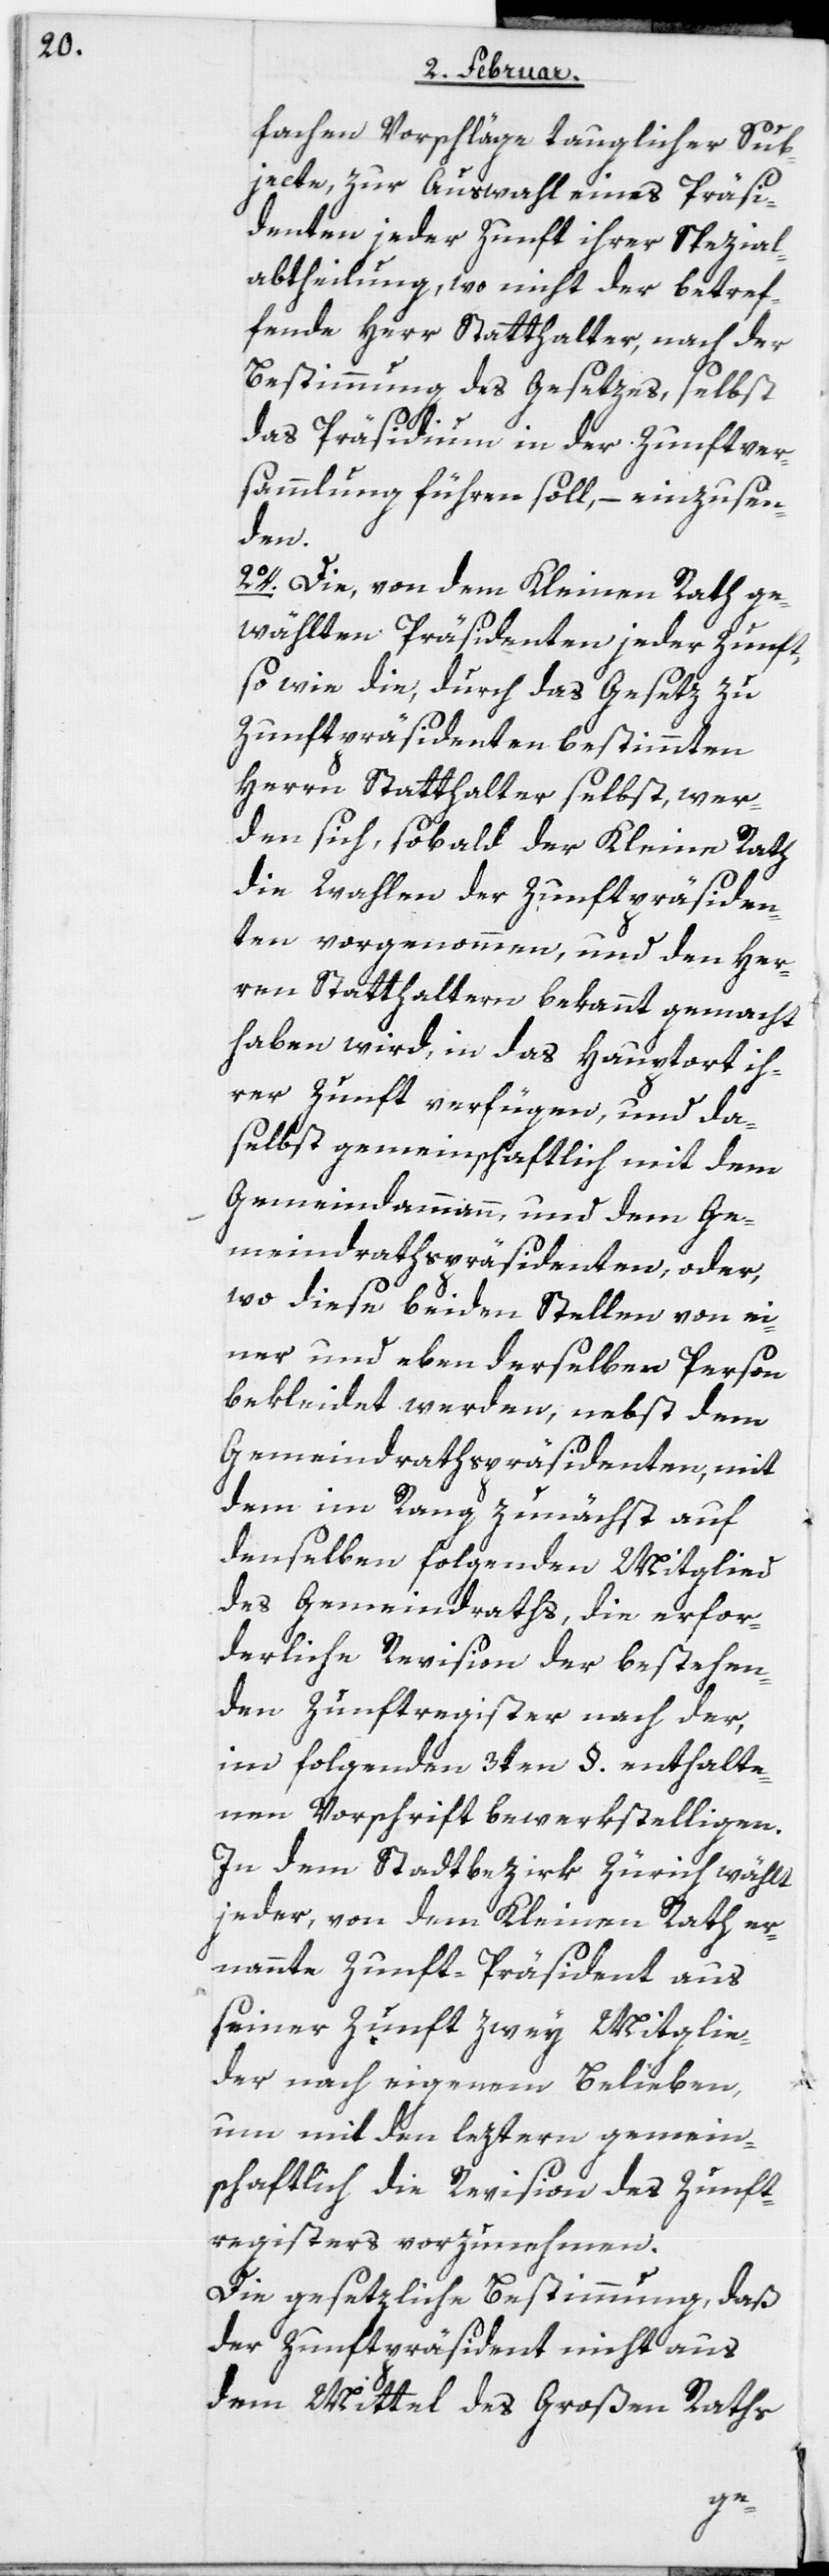
fachen Vorschläge tauglicher Sub¬
jecte, zur Auswahl eines Präsi¬
denten jeder Zunft ihrer Spezial¬
abtheilung, wo nicht der betref¬
fende Herr Statthalter, nach der
Bestimmung des Gesetzes, selbst
das Präsidium in der Zunftver¬
sammlung führen soll, – einzusen¬
den.
2o. Die, von dem Kleinen Rath ge¬
wählten Präsidenten jeder Zunft,
so wie die, durch das Gesetz zu
Zunftpräsidenten bestimmten
Herrn Statthalter selbst, wer¬
den sich, sobald der Kleine Rath
die Wahlen der Zunftpräsiden¬
ten vorgenommen, und den Her¬
ren Statthaltern bekannt gemacht
haben wird, in das Hauptort ih¬
rer Zunft verfügen, und da¬
selbst gemeinschaftlich mit dem
Gemeindammann, und dem Ge¬
meindrathspräsidenten, oder,
wo diese beiden Stellen von ei¬
ner und eben derselben Person
bekleidet werden, nebst dem
Gemeindrathspräsidenten, mit
dem im Rang zunächst auf
denselben folgenden Mitglied
des Gemeindraths, die erfor¬
derliche Revision der bestehen¬
den Zunftregister nach der,
im folgenden 3ten §. enthalte¬
nen Vorschrift bewerkstelligen.
In dem Stadtbezirk Zürich wählt
jeder, von dem Kleinen Rath er¬
nannte Zunft-Präsident aus
seiner Zunft zwey Mitglie¬
der nach eigenem Belieben,
um mit den leztern gemein¬
schaftlich die Revision des Zunft¬
registers vorzunehmen.
Die gesetzliche Bestimmung, daß
der Zunftpräsident nicht aus
dem Mittel des Großen Raths